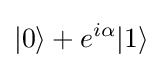
|0\rangle +e^{i\alpha }|1\rangle